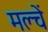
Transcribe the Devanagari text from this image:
मल्चें